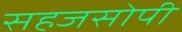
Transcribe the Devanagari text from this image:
सहजसोपी